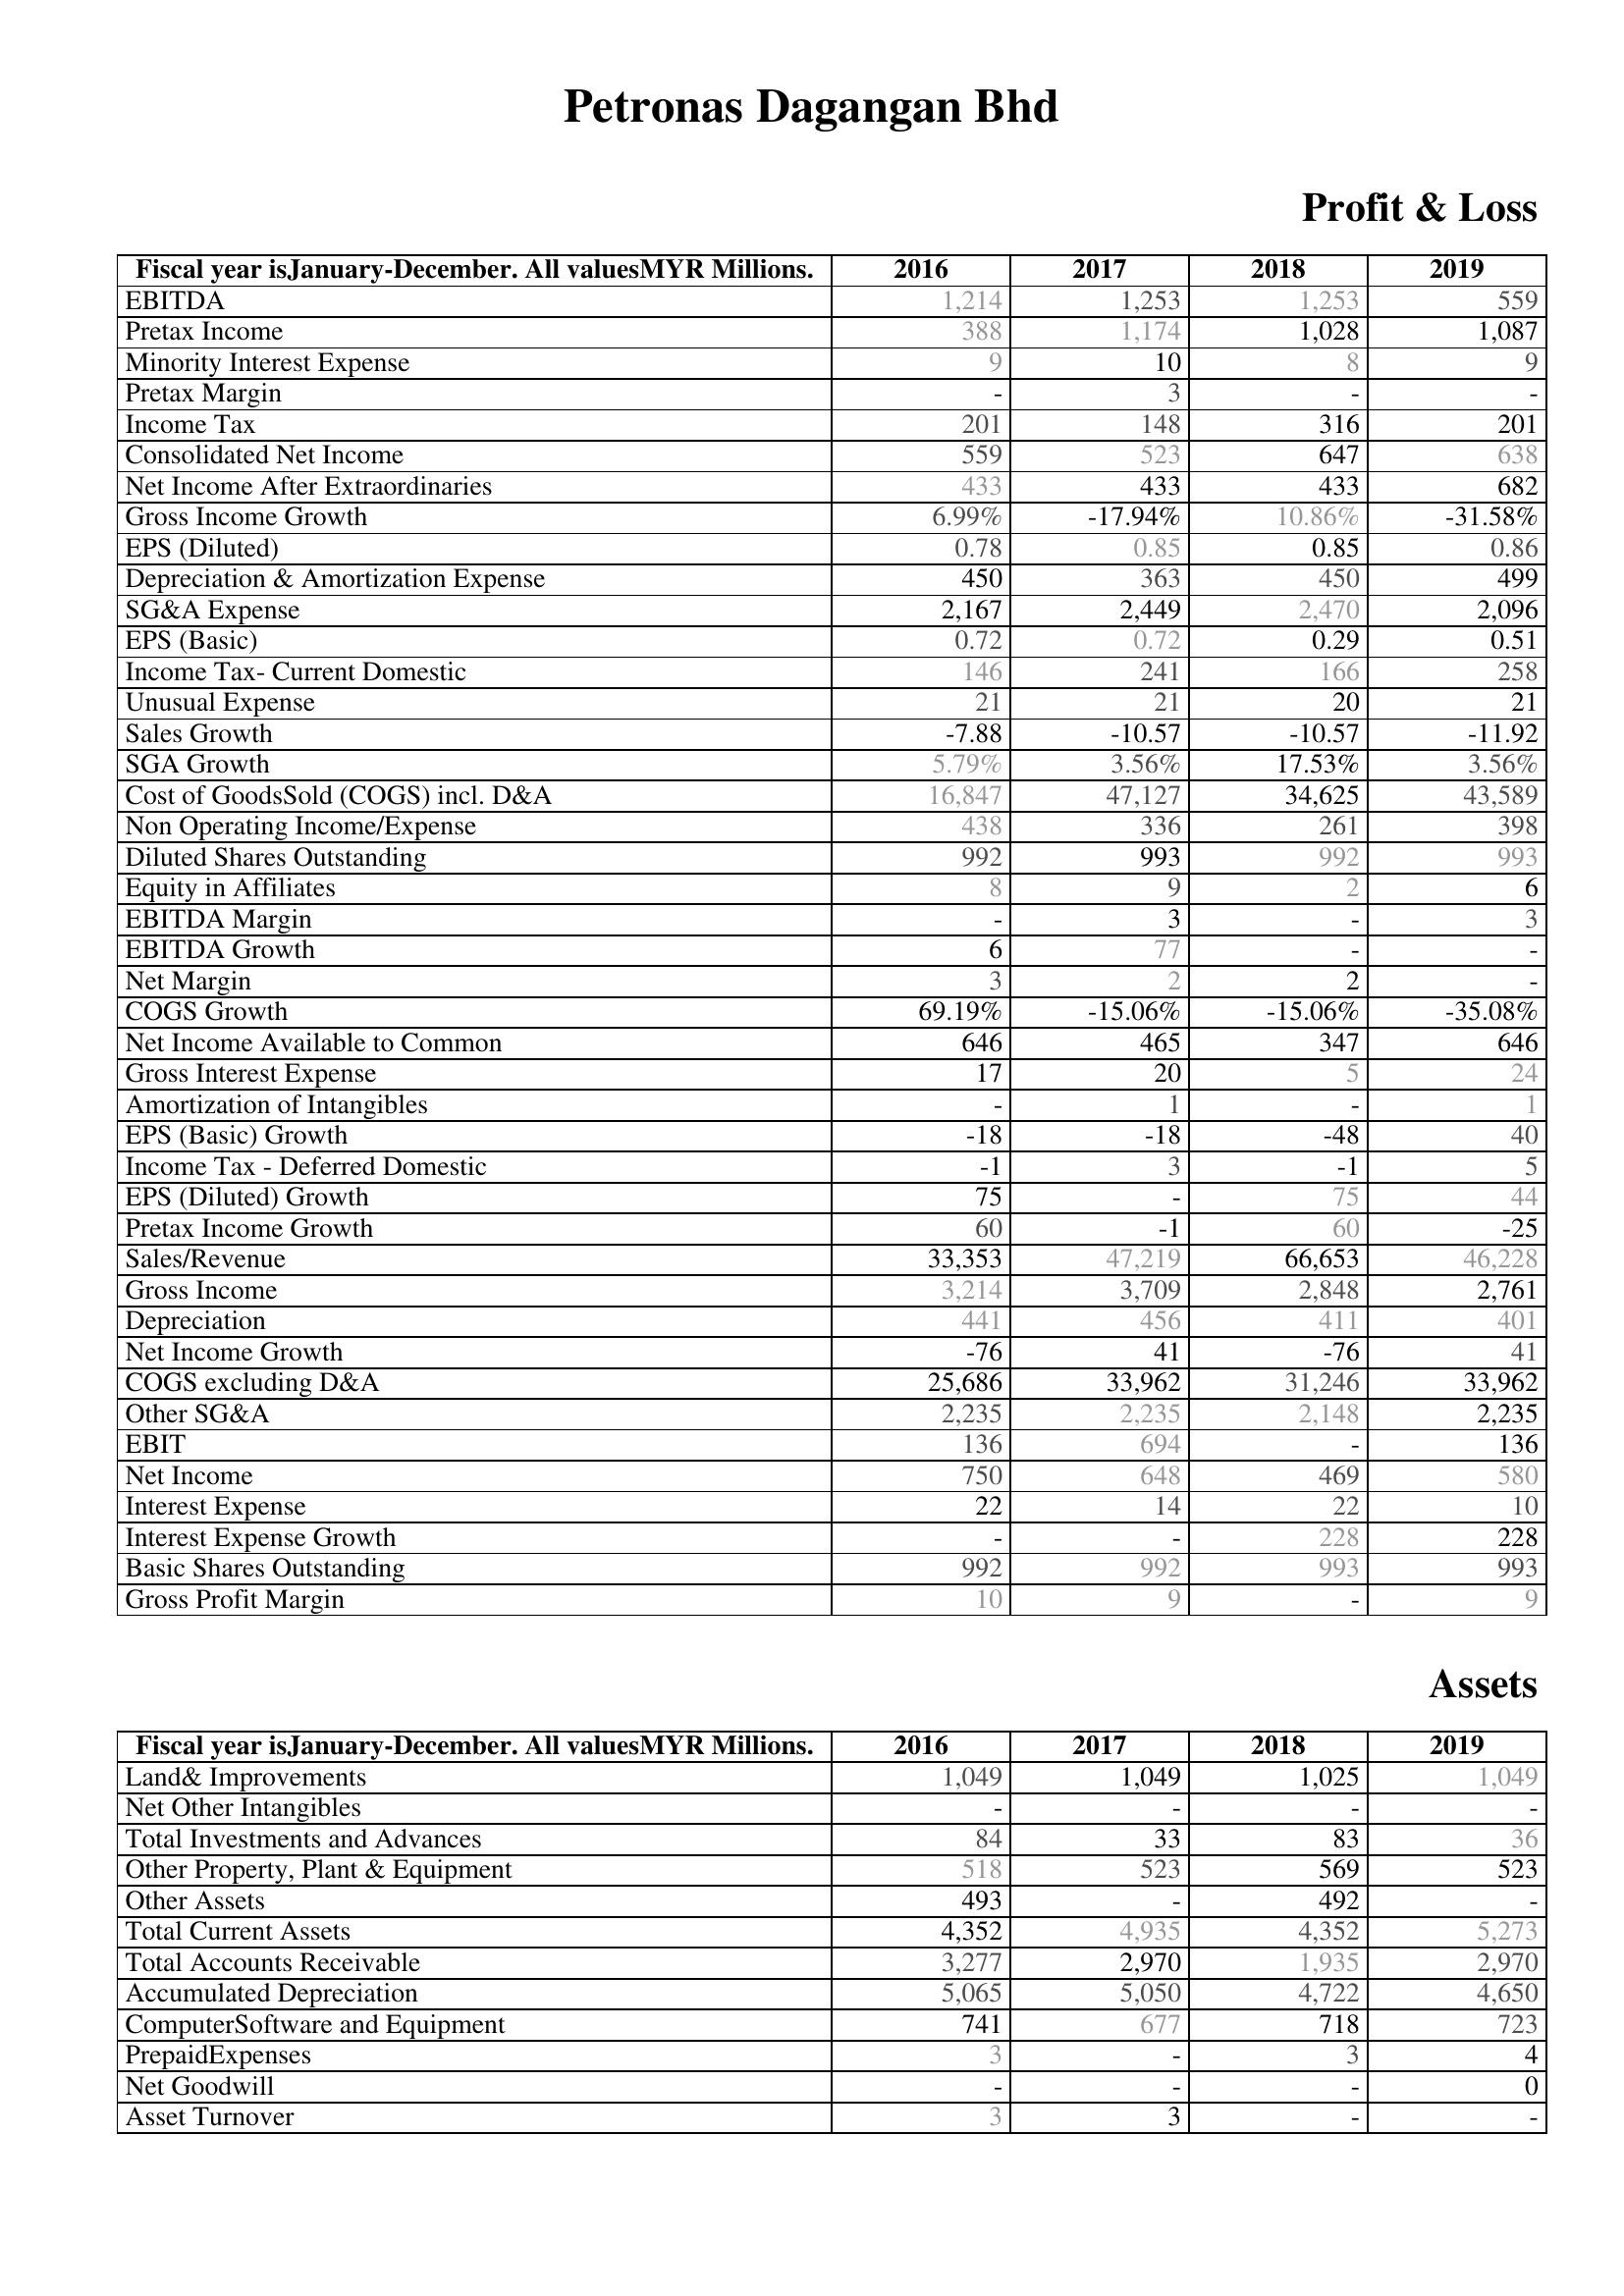
2016: Profit & Loss: EBITDA: 1,214
Pretax Income: 388
Minority Interest Expense: 9
Pretax Margin: -
Income Tax: 201
Consolidated Net Income: 559
Net Income After Extraordinaries: 433
Gross Income Growth: 6.99%
EPS (Diluted): 0.78
Depreciation & Amortization Expense: 450
SG&A Expense: 2,167
EPS (Basic): 0.72
Income Tax- Current Domestic: 146
Unusual Expense: 21
Sales Growth: -7.88
SGA Growth: 5.79%
Cost of GoodsSold (COGS) incl. D&A: 16,847
Non Operating Income/Expense: 438
Diluted Shares Outstanding: 992
Equity in Affiliates: 8
EBITDA Margin: -
EBITDA Growth: 6
Net Margin: 3
COGS Growth: 69.19%
Net Income Available to Common: 646
Gross Interest Expense: 17
Amortization of Intangibles: -
EPS (Basic) Growth: -18
Income Tax - Deferred Domestic: -1
EPS (Diluted) Growth: 75
Pretax Income Growth: 60
Sales/Revenue: 33,353
Gross Income: 3,214
Depreciation: 441
Net Income Growth: -76
COGS excluding D&A: 25,686
Other SG&A: 2,235
EBIT: 136
Net Income: 750
Interest Expense: 22
Interest Expense Growth: -
Basic Shares Outstanding: 992
Gross Profit Margin: 10
Assets: Land& Improvements: 1,049
Net Other Intangibles: -
Total Investments and Advances: 84
Other Property, Plant & Equipment: 518
Other Assets: 493
Total Current Assets: 4,352
Total Accounts Receivable: 3,277
Accumulated Depreciation: 5,065
ComputerSoftware and Equipment: 741
PrepaidExpenses: 3
Net Goodwill: -
Asset Turnover: 3
2017: Profit & Loss: EBITDA: 1,253
Pretax Income: 1,174
Minority Interest Expense: 10
Pretax Margin: 3
Income Tax: 148
Consolidated Net Income: 523
Net Income After Extraordinaries: 433
Gross Income Growth: -17.94%
EPS (Diluted): 0.85
Depreciation & Amortization Expense: 363
SG&A Expense: 2,449
EPS (Basic): 0.72
Income Tax- Current Domestic: 241
Unusual Expense: 21
Sales Growth: -10.57
SGA Growth: 3.56%
Cost of GoodsSold (COGS) incl. D&A: 47,127
Non Operating Income/Expense: 336
Diluted Shares Outstanding: 993
Equity in Affiliates: 9
EBITDA Margin: 3
EBITDA Growth: 77
Net Margin: 2
COGS Growth: -15.06%
Net Income Available to Common: 465
Gross Interest Expense: 20
Amortization of Intangibles: 1
EPS (Basic) Growth: -18
Income Tax - Deferred Domestic: 3
EPS (Diluted) Growth: -
Pretax Income Growth: -1
Sales/Revenue: 47,219
Gross Income: 3,709
Depreciation: 456
Net Income Growth: 41
COGS excluding D&A: 33,962
Other SG&A: 2,235
EBIT: 694
Net Income: 648
Interest Expense: 14
Interest Expense Growth: -
Basic Shares Outstanding: 992
Gross Profit Margin: 9
Assets: Land& Improvements: 1,049
Net Other Intangibles: -
Total Investments and Advances: 33
Other Property, Plant & Equipment: 523
Other Assets: -
Total Current Assets: 4,935
Total Accounts Receivable: 2,970
Accumulated Depreciation: 5,050
ComputerSoftware and Equipment: 677
PrepaidExpenses: -
Net Goodwill: -
Asset Turnover: 3
2018: Profit & Loss: EBITDA: 1,253
Pretax Income: 1,028
Minority Interest Expense: 8
Pretax Margin: -
Income Tax: 316
Consolidated Net Income: 647
Net Income After Extraordinaries: 433
Gross Income Growth: 10.86%
EPS (Diluted): 0.85
Depreciation & Amortization Expense: 450
SG&A Expense: 2,470
EPS (Basic): 0.29
Income Tax- Current Domestic: 166
Unusual Expense: 20
Sales Growth: -10.57
SGA Growth: 17.53%
Cost of GoodsSold (COGS) incl. D&A: 34,625
Non Operating Income/Expense: 261
Diluted Shares Outstanding: 992
Equity in Affiliates: 2
EBITDA Margin: -
EBITDA Growth: -
Net Margin: 2
COGS Growth: -15.06%
Net Income Available to Common: 347
Gross Interest Expense: 5
Amortization of Intangibles: -
EPS (Basic) Growth: -48
Income Tax - Deferred Domestic: -1
EPS (Diluted) Growth: 75
Pretax Income Growth: 60
Sales/Revenue: 66,653
Gross Income: 2,848
Depreciation: 411
Net Income Growth: -76
COGS excluding D&A: 31,246
Other SG&A: 2,148
EBIT: -
Net Income: 469
Interest Expense: 22
Interest Expense Growth: 228
Basic Shares Outstanding: 993
Gross Profit Margin: -
Assets: Land& Improvements: 1,025
Net Other Intangibles: -
Total Investments and Advances: 83
Other Property, Plant & Equipment: 569
Other Assets: 492
Total Current Assets: 4,352
Total Accounts Receivable: 1,935
Accumulated Depreciation: 4,722
ComputerSoftware and Equipment: 718
PrepaidExpenses: 3
Net Goodwill: -
Asset Turnover: -
2019: Profit & Loss: EBITDA: 559
Pretax Income: 1,087
Minority Interest Expense: 9
Pretax Margin: -
Income Tax: 201
Consolidated Net Income: 638
Net Income After Extraordinaries: 682
Gross Income Growth: -31.58%
EPS (Diluted): 0.86
Depreciation & Amortization Expense: 499
SG&A Expense: 2,096
EPS (Basic): 0.51
Income Tax- Current Domestic: 258
Unusual Expense: 21
Sales Growth: -11.92
SGA Growth: 3.56%
Cost of GoodsSold (COGS) incl. D&A: 43,589
Non Operating Income/Expense: 398
Diluted Shares Outstanding: 993
Equity in Affiliates: 6
EBITDA Margin: 3
EBITDA Growth: -
Net Margin: -
COGS Growth: -35.08%
Net Income Available to Common: 646
Gross Interest Expense: 24
Amortization of Intangibles: 1
EPS (Basic) Growth: 40
Income Tax - Deferred Domestic: 5
EPS (Diluted) Growth: 44
Pretax Income Growth: -25
Sales/Revenue: 46,228
Gross Income: 2,761
Depreciation: 401
Net Income Growth: 41
COGS excluding D&A: 33,962
Other SG&A: 2,235
EBIT: 136
Net Income: 580
Interest Expense: 10
Interest Expense Growth: 228
Basic Shares Outstanding: 993
Gross Profit Margin: 9
Assets: Land& Improvements: 1,049
Net Other Intangibles: -
Total Investments and Advances: 36
Other Property, Plant & Equipment: 523
Other Assets: -
Total Current Assets: 5,273
Total Accounts Receivable: 2,970
Accumulated Depreciation: 4,650
ComputerSoftware and Equipment: 723
PrepaidExpenses: 4
Net Goodwill: 0
Asset Turnover: -